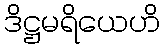
ဒိဋ္ဌမရိယေဟိ